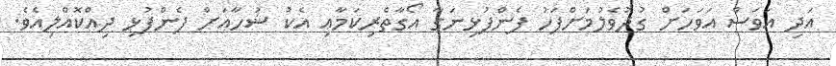
އަދި އަވަސް އަވަހަށް ގުދުވެލުމަށްފަހު ފެންފުޅިނަގާ އޯގާތެރިކަމާއި އެކު ޝުހާއަށް ފެންފުޅި ދިއްކޮއްލިއެވެ.